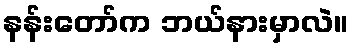
နန်းတော်က ဘယ်နားမှာလဲ။